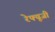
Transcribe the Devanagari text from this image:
रेफ्यूजी